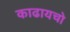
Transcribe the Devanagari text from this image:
काढायचो